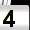
Digit: 4